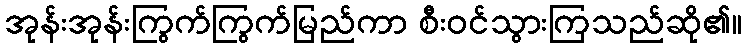
အုန်းအုန်းကြွက်ကြွက်မြည်ကာ စီးဝင်သွားကြသည်ဆို၏။